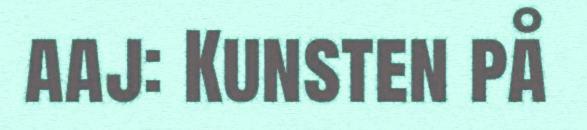
aaj: Kunsten på